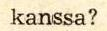
Milloin järjestetään samantapaiset kurssit Alkon henkilökunnan